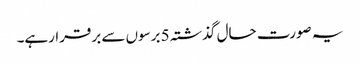
یہ صورت حال گذشتہ 5 برسوں سے برقرارہے۔